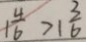
1 \frac { 4 } { 6 } > 1 \frac { 3 } { 6 }